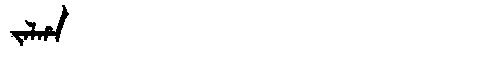
Manchu: ᠵᠠᠯᡥᠠ
Romanization: JALHA